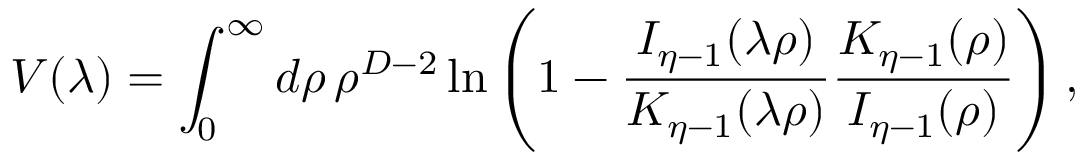
{ \cal V } ( \lambda ) = \int _ { 0 } ^ { \infty } d \rho \, \rho ^ { D - 2 } \ln \left( 1 - { \frac { I _ { \eta - 1 } ( \lambda \rho ) } { K _ { \eta - 1 } ( \lambda \rho ) } } { \frac { K _ { \eta - 1 } ( \rho ) } { I _ { \eta - 1 } ( \rho ) } } \right) ,